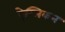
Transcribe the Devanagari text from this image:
ऐग्लिकन